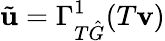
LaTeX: \tilde{\mathbf{u}}=\Gamma_{T\hat{G}}^{1}(T\mathbf{v})